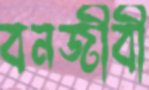
বনজীবী